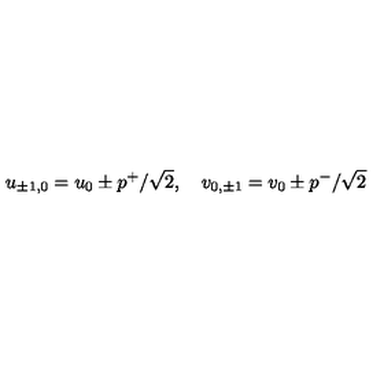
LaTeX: u _ { \pm 1 , 0 } = u _ { 0 } \pm p ^ { + } / \sqrt { 2 } , \quad v _ { 0 , \pm 1 } = v _ { 0 } \pm p ^ { - } / \sqrt { 2 }